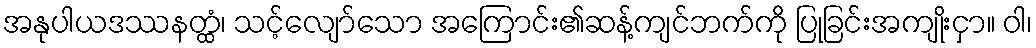
အနုပါယဒဿနတ္ထံ၊ သင့်လျော်သော အကြောင်း၏ဆန့်ကျင်ဘက်ကို ပြုခြင်းအကျိုးငှာ။ ဝါ၊